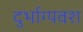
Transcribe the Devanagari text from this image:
दुर्भाग्‍यवश